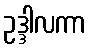
ဥဒ္ဒါလကာ